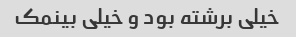
خیلی برشته بود و خیلی بینمک